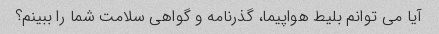
آیا می توانم بلیط هواپیما، گذرنامه و گواهی سلامت شما را ببینم؟